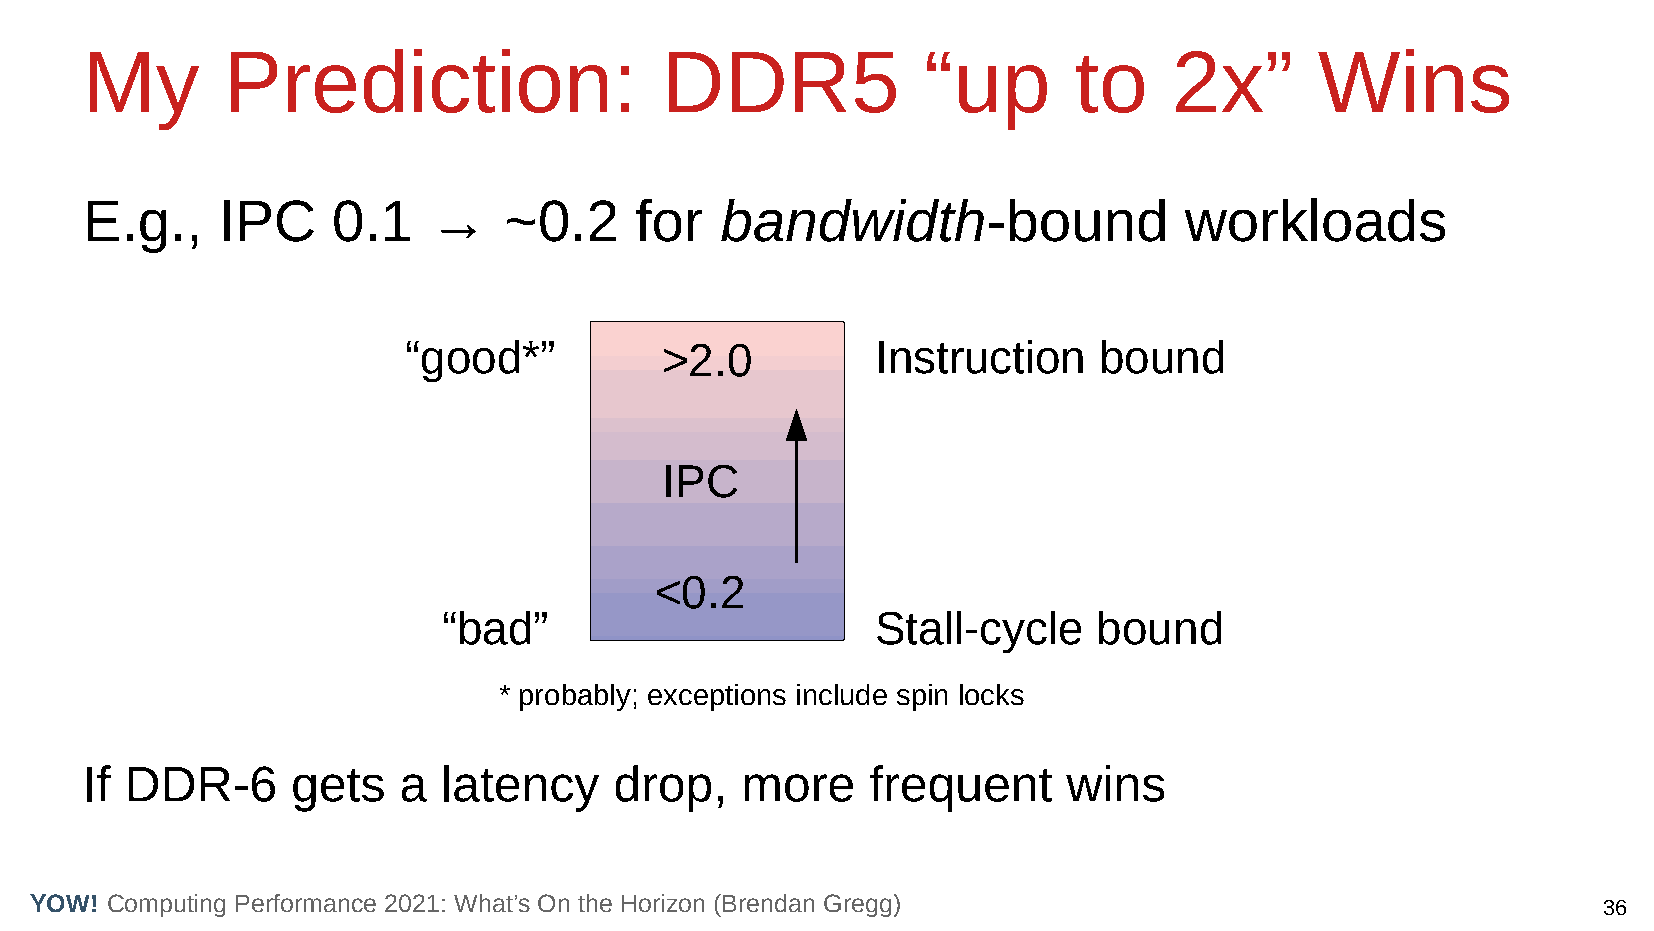
My        Prediction:                  DDR5             “up       to     2x”      Wins
 E.g.,    IPC     0.1   →    ~0.2     for   bandwidth-bound               workloads
 “good*”          >2.0          Instruction    bound
 IPC
 <0.2
 “bad”                        Stall-cycle    bound
 * probably; exceptions include spin locks
 If DDR-6      gets   a  latency     drop,   more     frequent     wins
 YOW! Computing Performance 2021: What’s On the Horizon (Brendan Gregg)                                  36